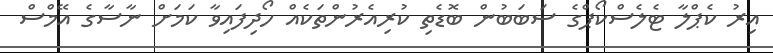
އިރު ކެޕްލާ ޓެލެސްކޯޕްގެ ސަބަބުން ބޮޑެތި ކުރިއެރުންތަކެއް ހޯދިފައިވާ ކަމަށް ނާސާގެ އޭމްސް